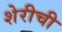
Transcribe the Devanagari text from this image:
शेरीची